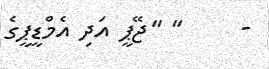
-     '' ''ޖޭޕީ އަދި އެމްޑީޕީގެ